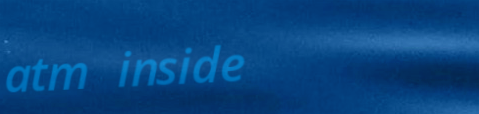
atm inside